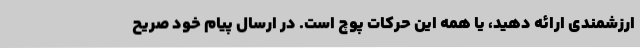
ارزشمندی ارائه دهید، یا همه این حرکات پوچ است. در ارسال پیام خود صریح